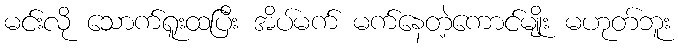
မင်းလို သောက်ရူးထပြီး အိပ်မက် မက်နေတဲ့ကောင်မျိုး မဟုတ်ဘူး